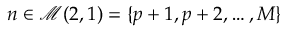
n \in \mathcal { M } ( 2 , 1 ) = \{ p + 1 , p + 2 , \ldots , M \}